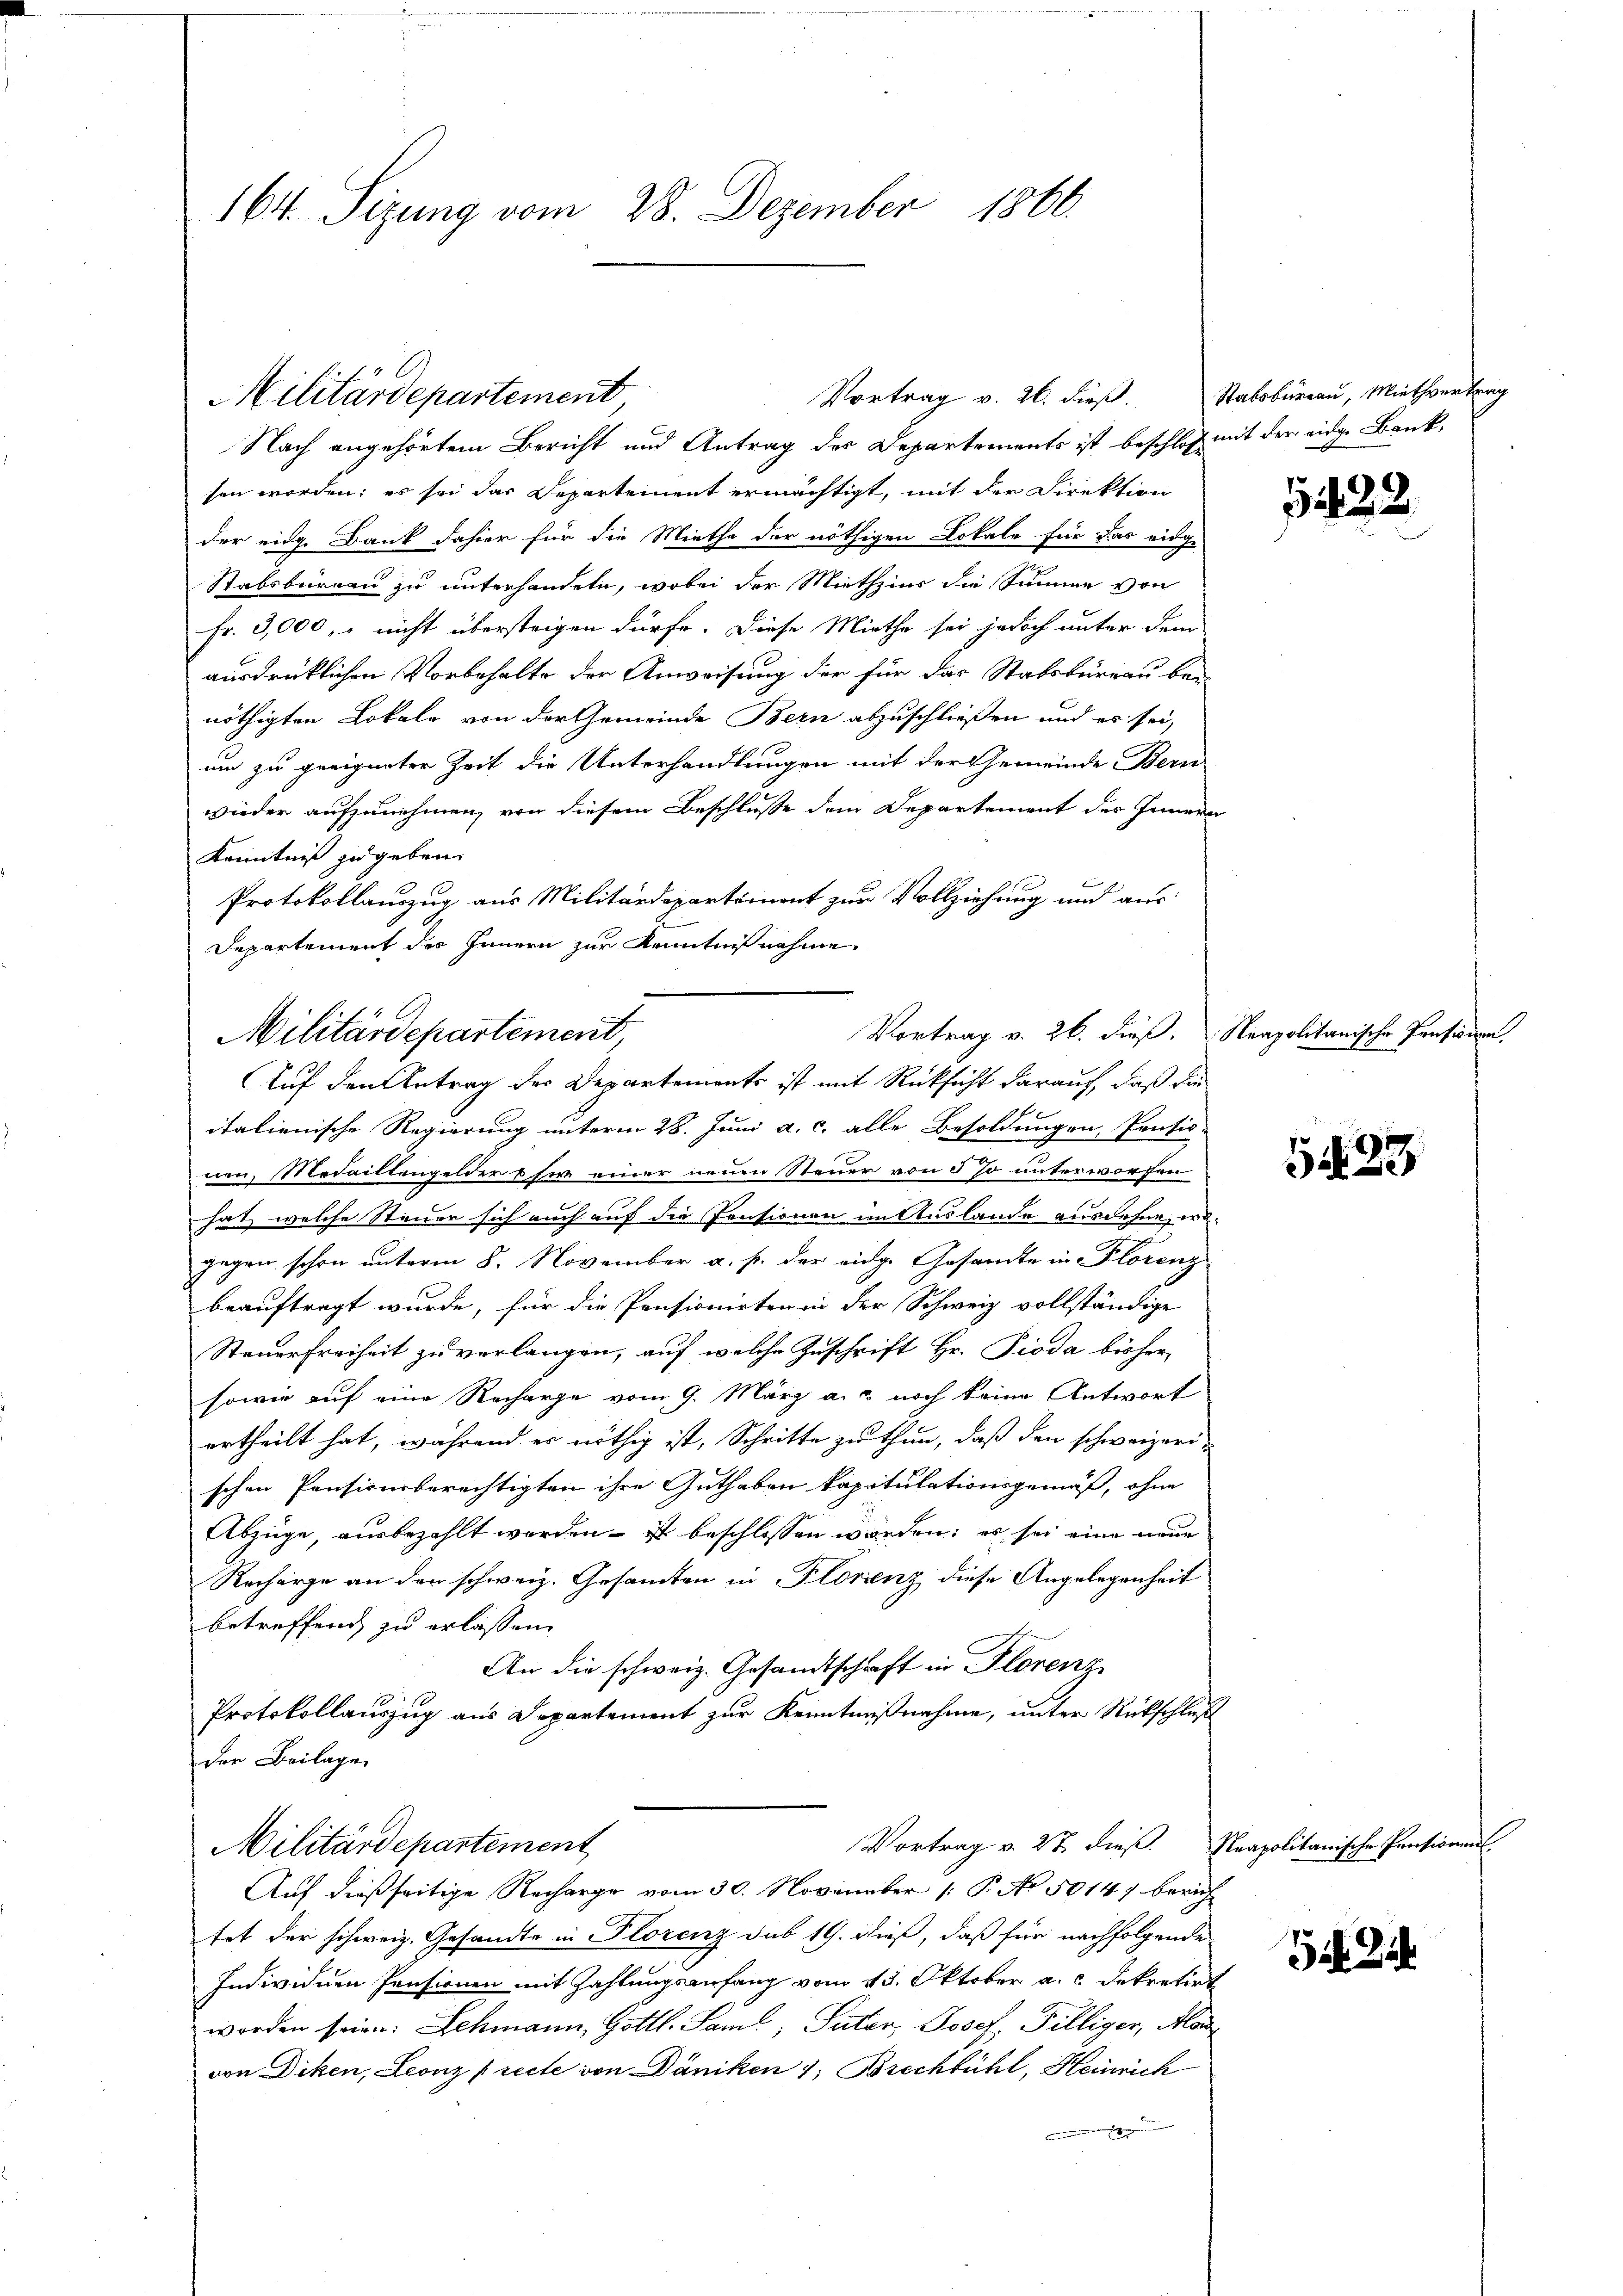
164. Sizung vom 28. Dezember 1866.

Nach angehörtem Bericht und Antrag des Departements ist beschloß mit der eidg. Banksen worden; es sei das Departement ermächtigt, mit der Direktion
der eine Bank dahier für die Miethe der nöthigen Lokale für das eidge
Stabsbureau zu unterhandete, wobei der Miethzins die Summe von
Fr. 3,000, nicht übersteigen dürfe. Diese Miethe sei jedoch unter dem
ausdrücklichen Vorbehalte der Anweisung der für das Stabsbureau bei
nöthigten Lokale von der Gemeinde Bern abzuschließen und es sei,
um zu geeigneter Zeit die Unterhandlungen mit der Gemeinde Bern
wieder aufzunehmen, von diesem Beschlusse dem Departement des Innern
Kenntnis zu geben.
Protokollauszug aus Militärdepartimont zur Vollziehung und aus
Departement des Innern zur Kenntnißnahme
italienische Regierung unterm 28. Juni a. c. alle Besoldungen, Pentio
nen, Medaillengelder & für einer neuen Steuer von 5 so unterworfen
hat, welche Steuer sich auch auf die Pensionen im Auslande ausdehne, wogegen schon unterm 8. November a. p. der eidge Gesandte in Florenz
beauftragt wurde, für die Pensionirten in der Schweiz vollständige
Steuerfreiheit zu verlangen, auf welche Zuschrift Hr. Pioda bisher
sowie auf eine Recharge vom 9. März a. noch keine Antwort
ertheilt hat, während er nöthig ist, Schritte zu thun, daß den schweizerischen Pensionsberechtigten ihre Guthaben kapitulationsgemäß, ohne
Abzüge, ausbezahlt worden – ist beschlossen worden; es sei eine neue
Recharge an den schweiz. Gesamten in Florenz diese Angelegenheit
betreffend zu erlassen.
An die schweiz. Gesandtschaft in Florenz
Protokollauszug aus Departement zur Kenntnißnahme, unter Rückschluß
der Beilage
Vortrag v. 27. dieß. Neapolitanische Pensionent
Militärdepartement
Auf dießseitige Recharge vom 30. November /: P. No. 5014) bericht
tet der schweiz. Gesandte in Florenz sub 19. dieß, daß für nachfolgende
Individuen Pensionen mit Zahlungsanfang vom 13. Oktober a. Dekretirt
worden seien: Schmann, Gottl. Samt, Suter, Josef. Pilliger, Alar
von Diken, Leonz Precte von Däniken 1. Brechbühl, Heinrich

Militärdepartement

Vortrag v. 26. dieß. Neapolitanische Pensionen,
Militärdepartement,
Auf den Antrag des Departements ist mit Rücksicht darauf, daß die

Vortrag v. 26. dieß.

Stabsburgau, Miethvertrag

122.
ringes

1223

52 Z